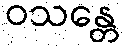
ဝသန္တေ